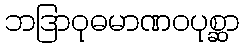
ဘဒြာဝုဓမာဏဝပုစ္ဆာ